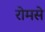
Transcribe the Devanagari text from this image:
रोमसे